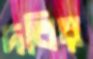
দবির